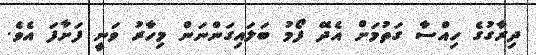
ދިރާގުގެ ހިއްސާ ގަތުމަށް އެދޭ ފޯމު ބަލައިގަންނަން މިހާރު ވަނީ ފަށާފަ އެވެ.